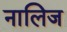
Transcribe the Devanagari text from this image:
नालिज